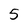
Character: 5